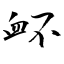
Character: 衃